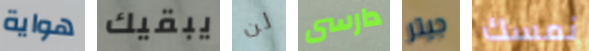
هواية يبقيك لن دارسى جيتر نمسك